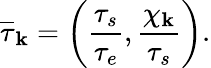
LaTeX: \overline{{\tau}}_{\mathbf k}=\left(\frac{\tau_{s}}{\tau_{e}},\frac{\chi_{\mathbf k}}{\tau_{s}}\right).